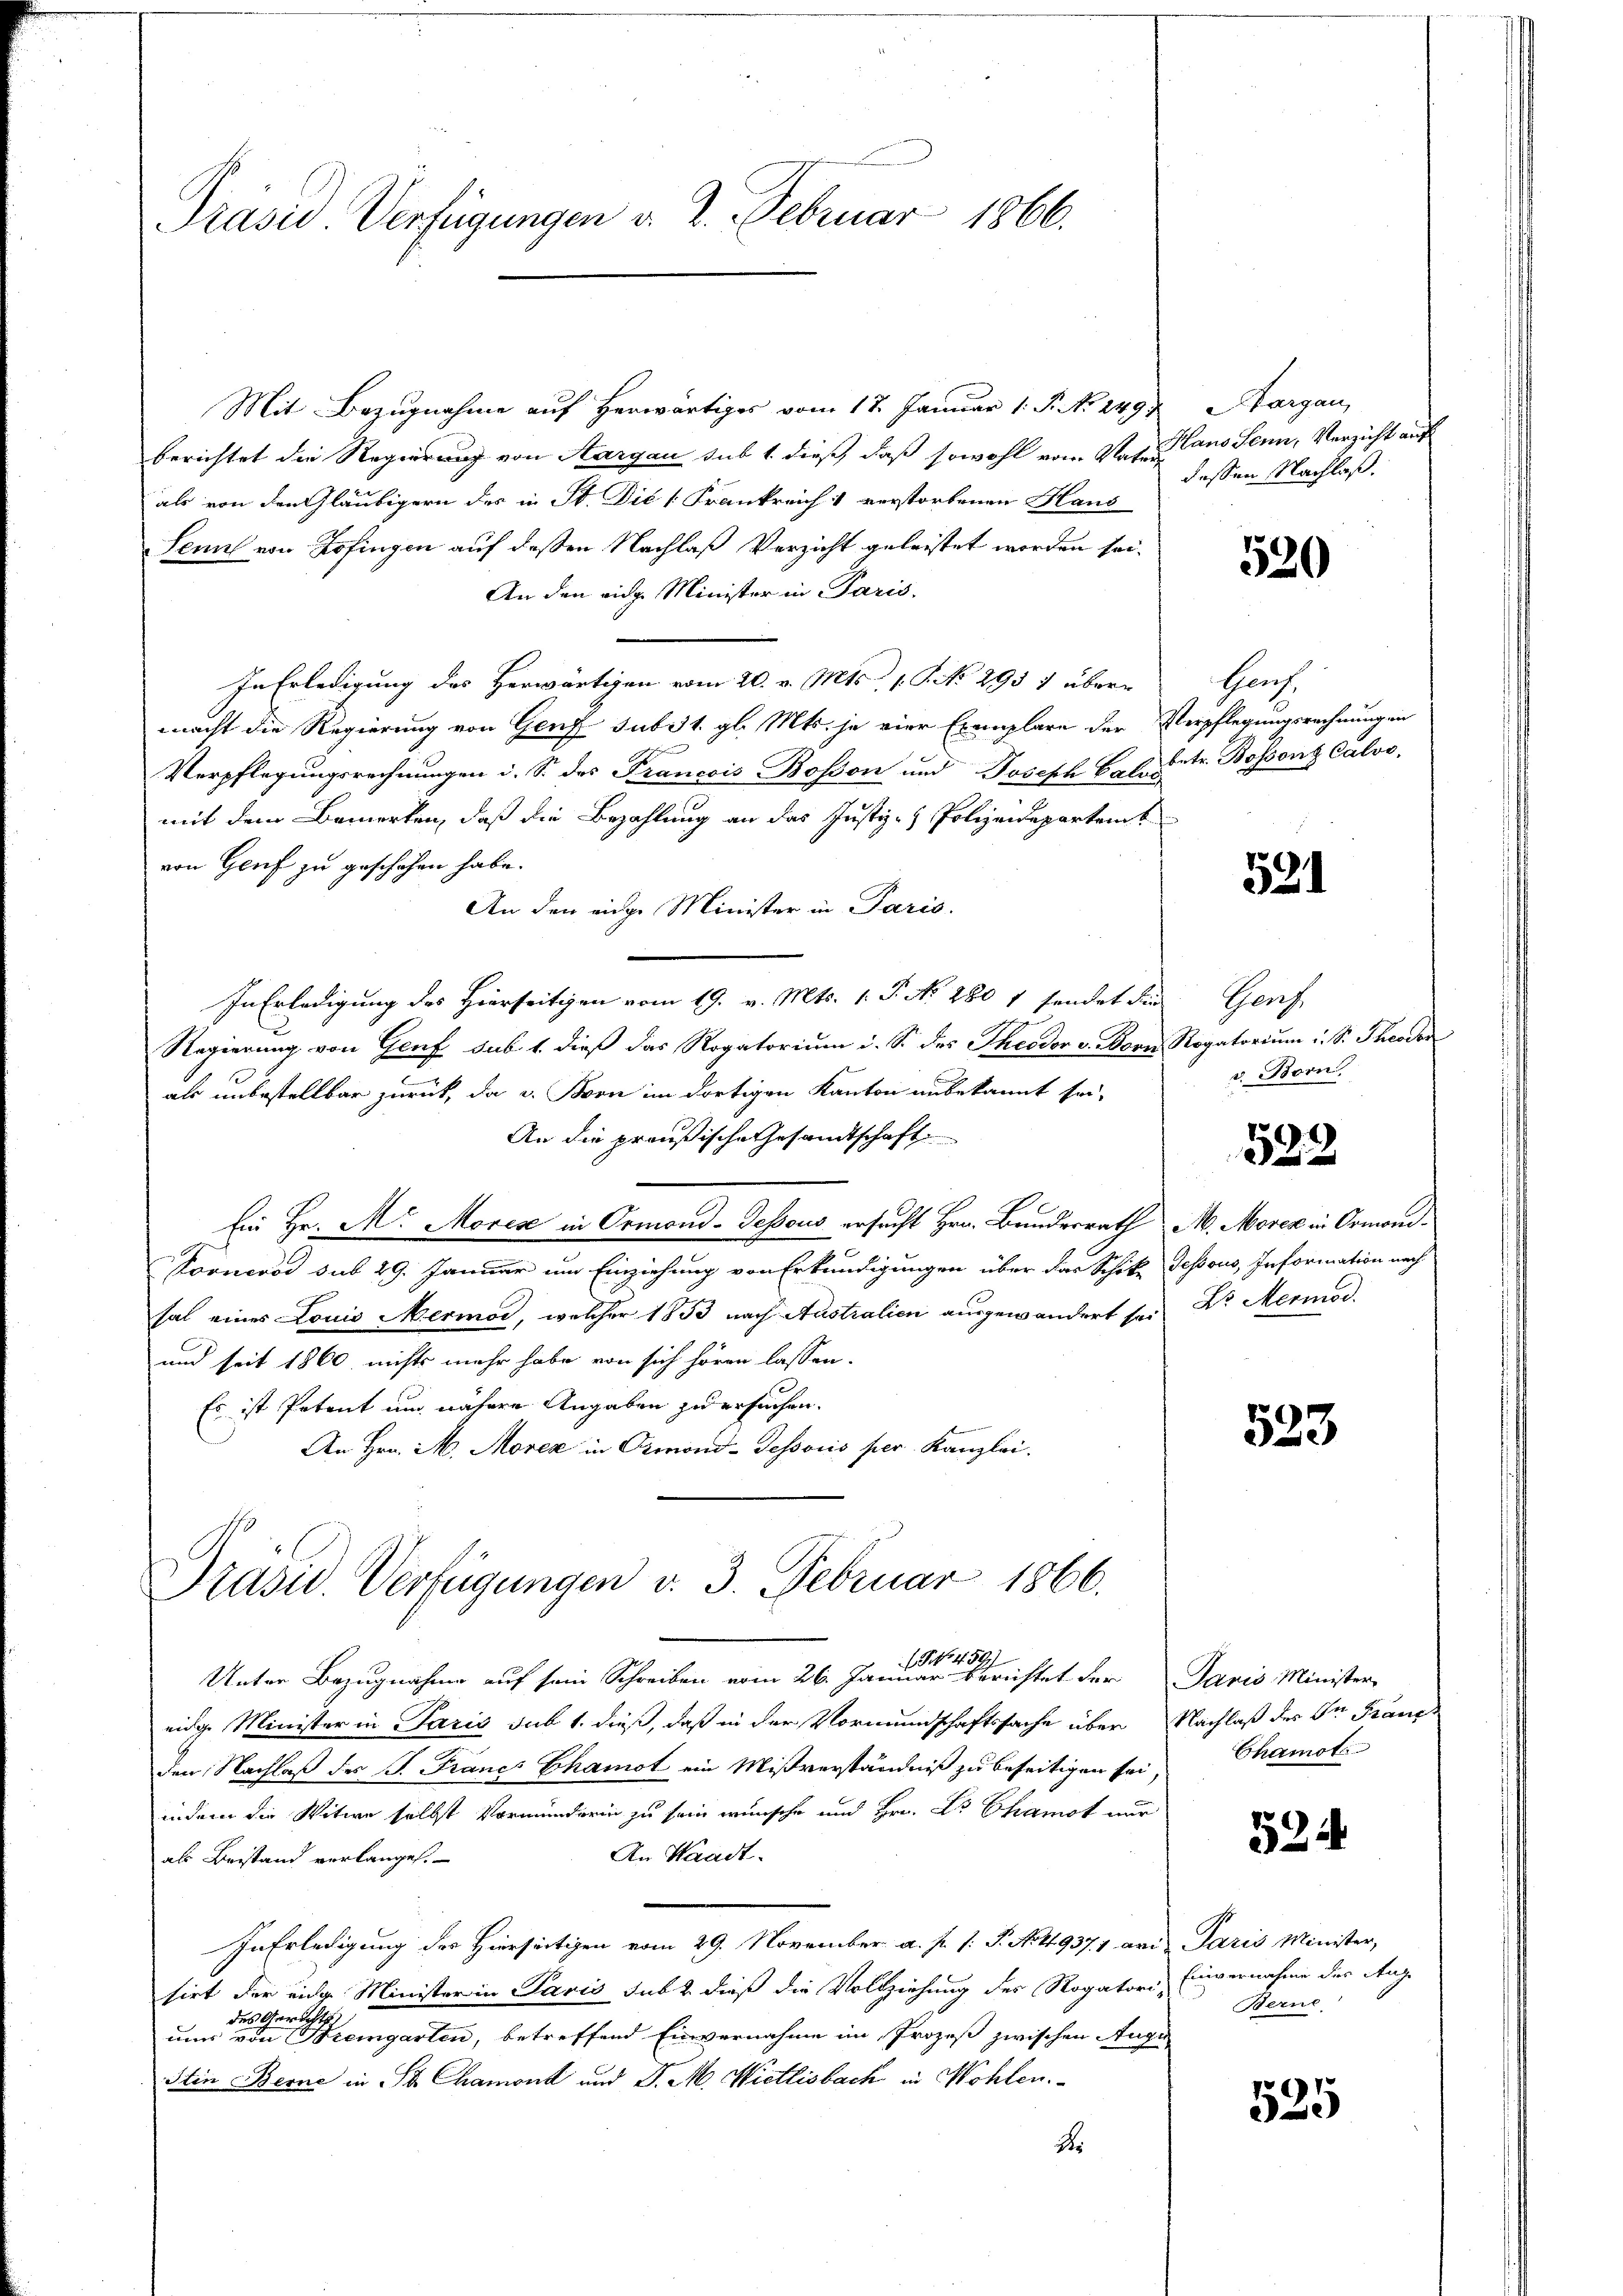
Präsid. Verfügungen d. 2. Februar 1866.

Mit Bezugnahme auf herwärtiges vom 17. Januar 1: P. No. 249
berichtet die Regierung von Aargau sub 1 dieß, daß sowohl vom Vaters
als von den Gläubigern des in St. Die Frankreich 1 verstorbenen Haus
Senn von Zofingen auf deßen Nachlaß Verzicht geleistet worden sei¬
An den eidg. Minister in Paris.
In Erledigung des Herwärtigen vom 20. v. Mts., s. S. No 295 1 übermacht die Regierung von Genf sub 1. gl. Mts. je vier Exemplare der Verpflegungsrechnungen
Verpflegungsrechnungen d. S. des Pranoois Bosson und Joseph Calis
mit dem Bemerken, daß die Bezahlung an das Justiz- & Polizeidepartemb
von Genf zu geschehen habe.
An den einge Minister in Paris.
In Erledigung des Hierseitigen vom 19. v. Mts. 1. P. N. 280 1 sendet die
Regierung von Genf sub. 1. dieß das Rogatorium i. S. des Theodor v. Born
als unbestellbar zurück, da u. Born im dortigen Kanton unbekannt sei,
An die preußische Gesandtschaft
Ein Hr. M. Mores in Ormond-dessous ersucht Hrn. Bundesrath
s
Kooneros sub 29. Januar um Einziehung von Erkundigungen über das Schike
hal eines Louis Mermor, welcher 1833 nach Australien ausgewandert sei,
und seit 1860 nichts mehr habe von sich hören lassen.
Es ist Petent und nähere Angaben zu ersuchen.
An Hrn. M. Morez in Ormond-dessoris per Kanzlei.

Präsid.. Verfügungen v. 3. Februar 1866.

Unter Bezugnahme auf sein Schreiben vom 26. Januar einer Berichtet der Paris Minister
eidige Minister in Paris sub 1. dieß, daß in der Vormundschaftssache über Nachlaß des Dr Fraue

Margau,
Hano Senn, Verzicht auf
dessen Nachlaß.

Den Nachlaß des J. Francs Chamot ein Mißverständniß zu beseitigen sei,
indem die Witwe selbst Vormunderin zu sein wünsche und Hrn. Dr Chamot nur
An Waadt.
als Bestand verlangen.
In Erledigung des Hierseitigen vom 29. November a. p. /: P. Nr. 19371 aris Paris Minister,
sirt der eidge Minister in Paris subt dieß die Vollziehung der Rogatori-
des Gerichts
uums von Bremgarten, betreffend Einvernahme im Prozeß zwischen Augu
Stin Berne in St. Chamont und J. M. Wietlisbach in Wohlen.
S.

520

Haach.
betr. Bossons Calvo

531

Harz
Rogatorium u. S. Theodor
2. Born.

1
)
i

M. Moren in Ormoni.
Gessous, Information nach
Dr. Meriod

523

Chamot

524

Einvernahme des Auge
Berne

525